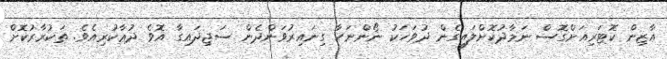
އާޒިން ކޮޓަރިއަށްގޮސް ނަމާދުކޮށްލައިގެން ދުވަހަކު ނޯންނަހާ ގިނައިރުވަންދެން ސަޖިދައިގާ އޮވެ ދުޢާކުރިއެވެ. ތަކުރާރުކޮށް